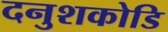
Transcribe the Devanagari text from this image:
दनुशकोडि